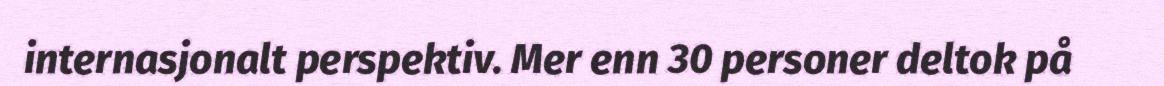
internasjonalt perspektiv. Mer enn 30 personer deltok på